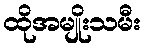
ထိုအမျိုးသမီး